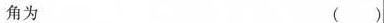
角为 ()